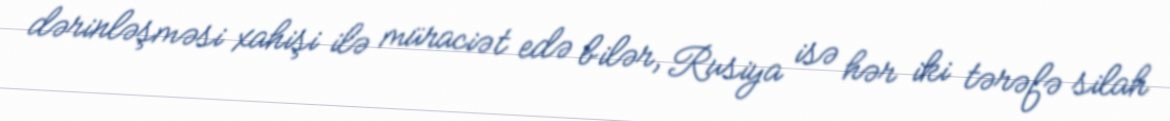
dərinləşməsi xahişi ilə müraciət edə bilər, Rusiya isə hər iki tərəfə silah